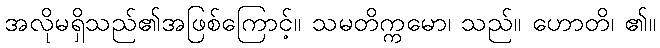
အလိုမရှိသည်၏အဖြစ်ကြောင့်။ သမတိက္ကမော၊ သည်။ ဟောတိ၊ ၏။